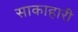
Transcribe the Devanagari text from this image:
साकाहारी